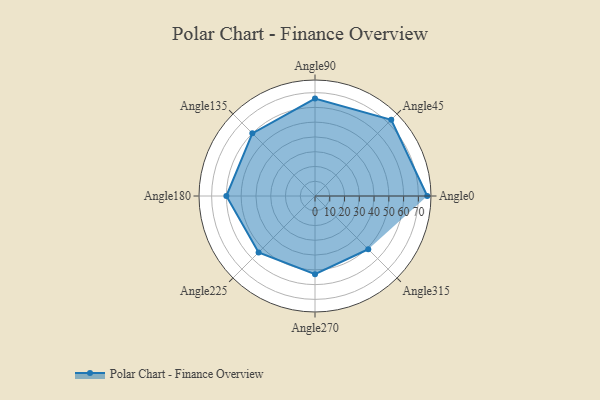
{"axis": {"x": "Angle", "y": "Radius"}, "legend": [""], "data": [{"x": "Angle0", "y": 76.0, "type": ""}, {"x": "Angle45", "y": 73.0, "type": ""}, {"x": "Angle90", "y": 66.0, "type": ""}, {"x": "Angle135", "y": 60.0, "type": ""}, {"x": "Angle180", "y": 60.0, "type": ""}, {"x": "Angle225", "y": 54.0, "type": ""}, {"x": "Angle270", "y": 53.0, "type": ""}, {"x": "Angle315", "y": 51.0, "type": ""}]}